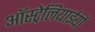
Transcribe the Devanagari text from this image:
ऑस्ट्रेलियाईयों